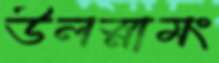
উলস্নামং